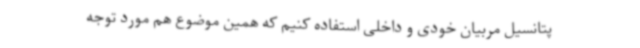
پتانسیل مربیان خودی و داخلی استفاده کنیم که همین موضوع هم مورد توجه